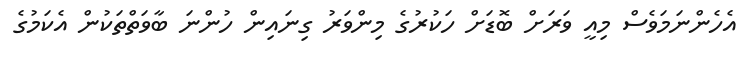
އެހެންނަމަވެސް މިއީ ވަރަށް ބޮޑަށް ހަކުރުގެ މިންވަރު ގިނައިން ހުންނަ ބާވަތްތަކުން އެކަމުގެ